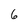
Character: 6